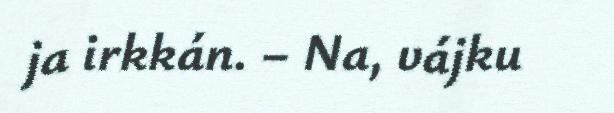
ja irkkán. – Na, vájku